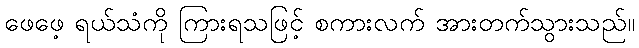
ဖေဖေ့ ရယ်သံကို ကြားရသဖြင့် စကားလက် အားတက်သွားသည်။